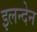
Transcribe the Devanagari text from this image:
इलन्देन